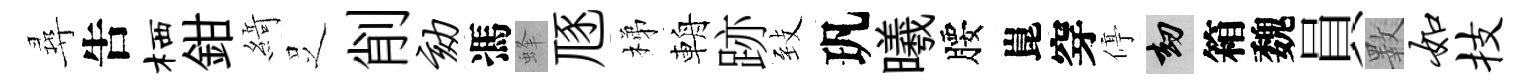
尋吿栖鉗𦂶𠯁削劾馮蜂豗梯輈跡𦤺㺬曦腰崑穿停劫箱魏員斁如技